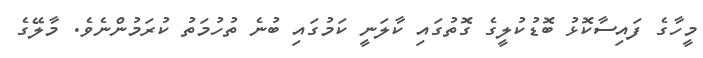
މީހާގެ ފައިސާކޮޅު ބޮޑުކުލީގެ ގޮތުގައި ކާލަނީ ކަމުގައި ބުނެ ތުހުމަތު ކުރަމުންނެވެ. މާލޭގެ